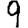
Digit: 9